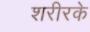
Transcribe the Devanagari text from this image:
शरीरके